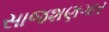
સાજશણગાર